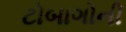
ટોબાગોની